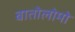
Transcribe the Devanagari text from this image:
बातोलोमो